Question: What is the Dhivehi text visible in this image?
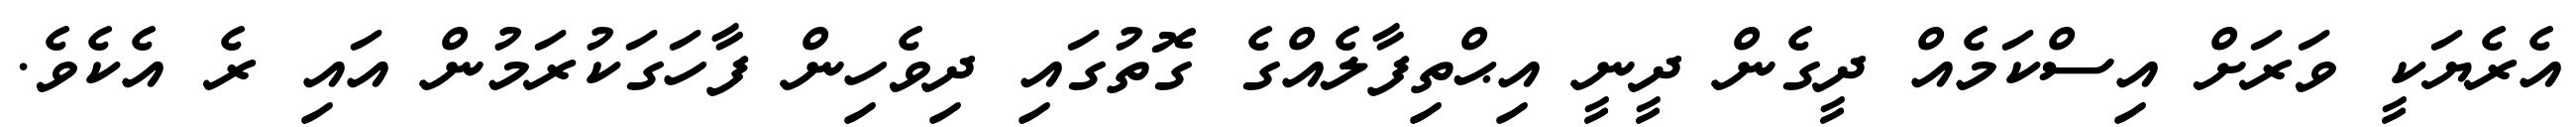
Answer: އެރެޔަކީ ވަރަށް އިސްކަމެއް ދީގެން ދީނީ އިޙްތިފާލެއްގެ ގޮތުގައި ދިވެހިން ފާހަގަކުރަމުން އައި ރެ އެކެވެ.